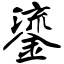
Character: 鎏